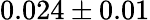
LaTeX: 0.024\pm 0.01